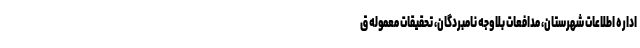
اداره اطلاعات شهرستان، مدافعات بلاوجه نامبردگان، تحقیقات معموله ق